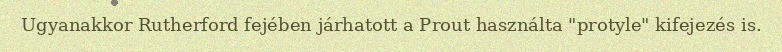
Ugyanakkor Rutherford fejében járhatott a Prout használta "protyle" kifejezés is.